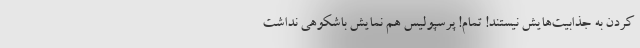
کردن به جذابیت‌هایش نیستند! تمام! پرسپولیس هم نمایش باشکوهی نداشت